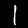
Digit: 1